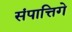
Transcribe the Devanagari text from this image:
संपात्तिगे